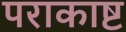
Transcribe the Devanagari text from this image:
पराकाष्ट